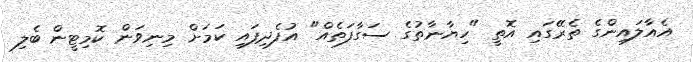
އެއާލައިންގެ ތެރޭގައި އޮތީ "ހިޔާނާތުގެ ސަގާފަތެއް" އުފެދިފައި ކަމަށް މިނިވަން ކޮމިޓީން ބެލި